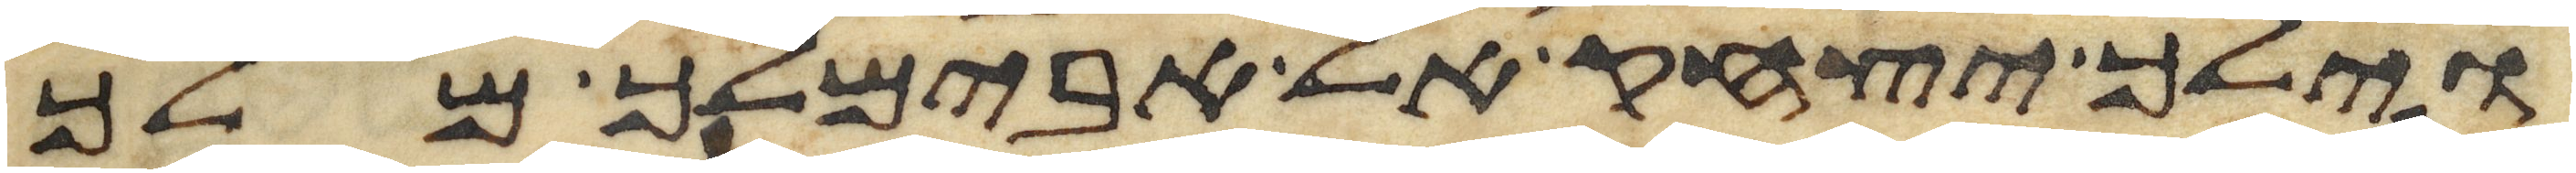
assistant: וילך יצחק אל אבימלך מלך